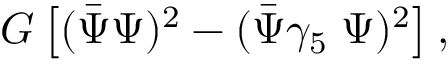
G \left[ ( \bar { \Psi } \Psi ) ^ { 2 } - ( \bar { \Psi } \gamma _ { 5 } { \bf \tau } \Psi ) ^ { 2 } \right] ,